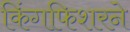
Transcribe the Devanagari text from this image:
किंगफिशरने